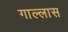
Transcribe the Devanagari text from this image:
गाल्लास